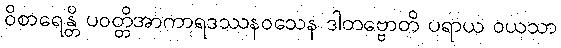
ဝိစာရေန္တိ ပဝတ္တိအာကာရဒဿနဝသေန ဒါတဗ္ဗောတိ ပရာယ ဝယသာ